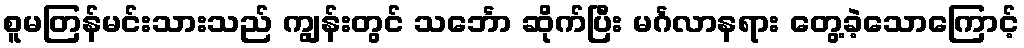
စူမတြန်မင်းသားသည် ကျွန်းတွင် သင်္ဘော ဆိုက်ပြီး မင်္ဂလာနရား တွေ့ခဲ့သောကြောင့်